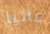
عاليا